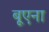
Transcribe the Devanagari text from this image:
बूएना